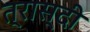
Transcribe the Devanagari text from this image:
त्रास्दी